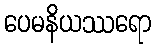
ပေမနိယဿရော